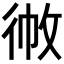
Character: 𢓹